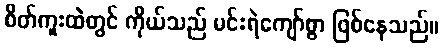
စိတ်ကူးထဲတွင် ကိုယ်သည် မင်းရဲကျော်စွာ ဖြစ်နေသည်။